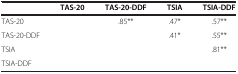
|  | TAS-20 | TAS-20-DDF | TSIA | TSIA-DDF |
 | --- | --- | --- | --- | --- |
 | TAS-20 |  | .85** | .47* | .57** |
 | TAS-20-DDF |  |  | .41* | .55** |
 | TSIA |  |  |  | .81** |
 | TSIA-DDF |  |  |  |  |